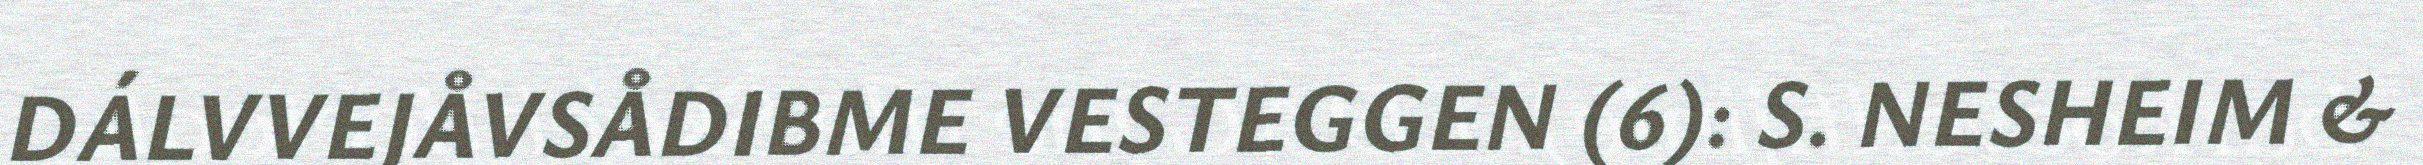
DÁLVVEJÅVSÅDIBME VESTEGGEN (6): S. NESHEIM &